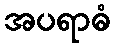
အပရာဓံ